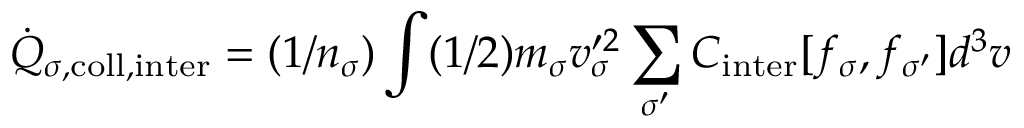
\dot { Q } _ { \sigma , \mathrm { c o l l , i n t e r } } = ( 1 / n _ { \sigma } ) \int ( 1 / 2 ) m _ { \sigma } v _ { \sigma } ^ { \prime 2 } \sum _ { \sigma ^ { \prime } } C _ { \mathrm { i n t e r } } [ f _ { \sigma } , f _ { \sigma ^ { \prime } } ] d ^ { 3 } v